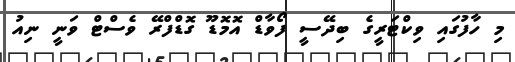
މި ހާފުގައި ވިކްޓަރީގެ ބިދޭސީ ފޯވާޑް އޮމޮޑޫ ގޮޑްފްރޭ ވެސްޓް ވަނީ ނިއު